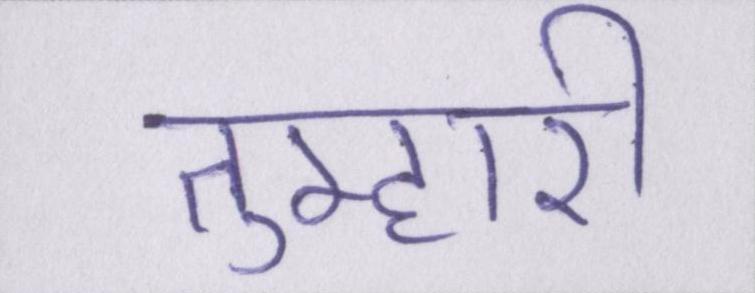
तुम्हारी